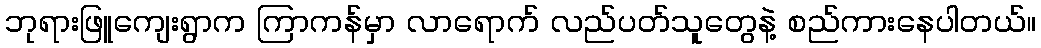
ဘုရားဖြူကျေးရွာက ကြာကန်မှာ လာရောက် လည်ပတ်သူတွေနဲ့ စည်ကားနေပါတယ်။